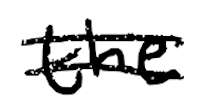
Text: the
Cross-out: double-line
Writing tool: digital_black